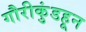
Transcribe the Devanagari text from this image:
गौरीकुंडहून